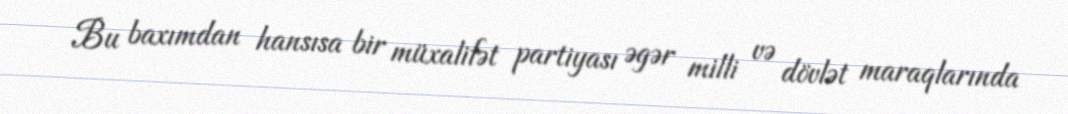
Bu baxımdan hansısa bir müxalifət partiyası əgər milli və dövlət maraqlarında